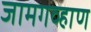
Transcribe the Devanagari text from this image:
जामगव्हाण